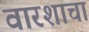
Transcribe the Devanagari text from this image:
वारशाचा